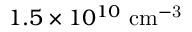
1 . 5 \times 1 0 ^ { 1 0 } \ \mathrm { c m ^ { - 3 } }